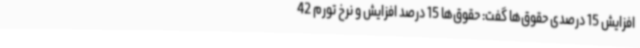
افزایش 15 درصدی حقوق‌ها گفت: حقوق‌ها 15 درصد افزایش و نرخ تورم 42